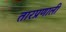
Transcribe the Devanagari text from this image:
तारप्रणाली